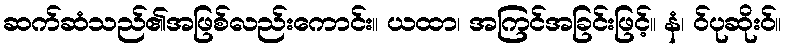
ဆက်ဆံသည်၏အဖြစ်လည်းကောင်း။ ယထာ၊ အကြင်အခြင်းဖြင့်။ နံ၊ ဝ်ပုဆိုးဝ်။